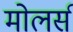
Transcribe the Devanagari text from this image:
मोलर्स